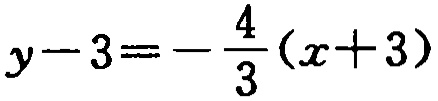
\(y - 3 = - \frac{4}{3}(x + 3)\)